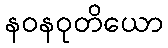
နဝနဝုတိယော